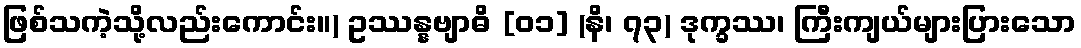
ဖြစ်သကဲ့သို့လည်းကောင်း။) ဥဿန္နဗျာဓိ [၀၁] (နိ၊ ၇၃) ဒုက္ခဿ၊ ကြီးကျယ်များပြားသော